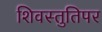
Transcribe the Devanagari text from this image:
शिवस्तुतिपर